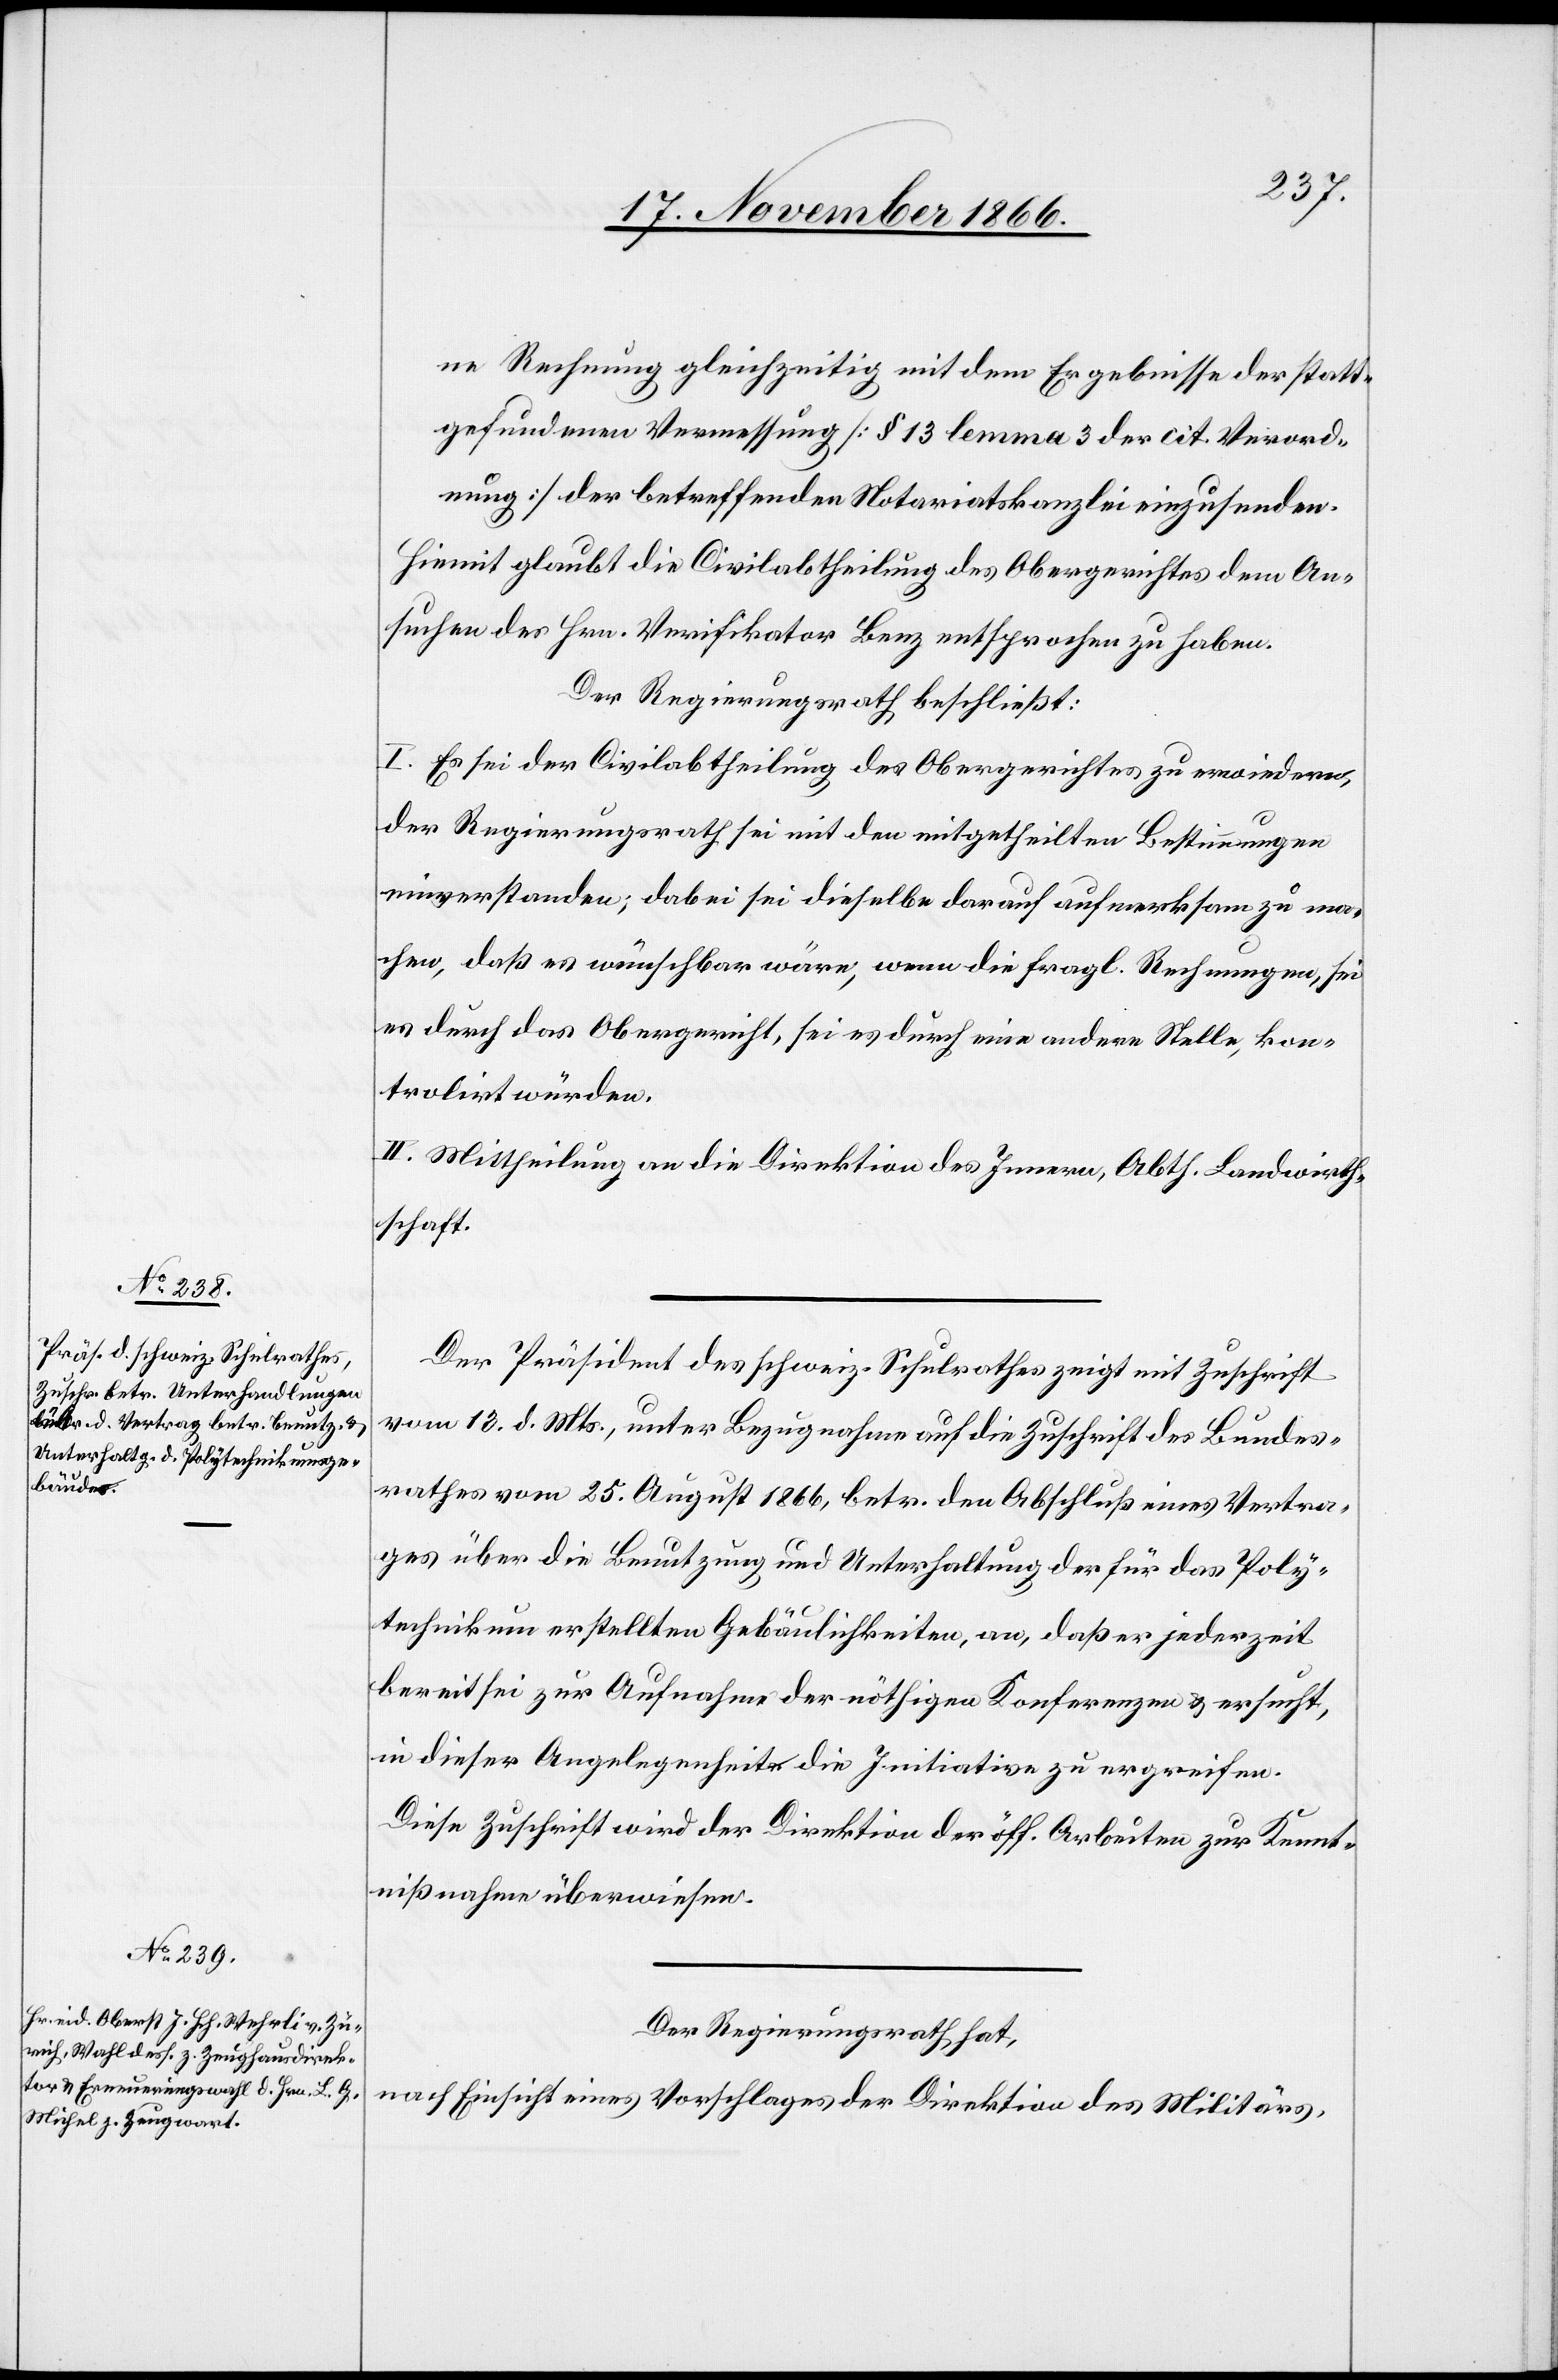
ne Rechnung gleichzeitig mit dem Ergebnisse der statt¬
gefundenen Vermessung [§ 13 lemma 3 der cit. Verord¬
nung] der betreffenden Notariatskanzlei einzusenden.
Hiemit glaubt die Civilabtheilung des Obergerichtes dem An¬
suchen des Hrn. Verifikator Benz entsprochen zu haben.
Der Regierungsrath beschließt:
I. Es sei der Civilabtheilung des Obergerichtes zu erwiedern,
der Regierungsrath sei mit den mitgetheilten Bestimmungen
einverstanden; dabei sei dieselbe darauf aufmerksam zu ma¬
chen, daß es wünschbar wäre, wenn die fragl. Rechnungen, sei
es durch das Obergericht, sei es durch eine andere Stelle, kon¬
trolirt würden.
II. Mittheilung an die Direktion des Innern, Abth. Landwirth¬
schaft.
Der Präsident des schweiz. Schulrathes zeigt mit Zuschrift
vom 13. d. Mts., unter Bezugnahme auf die Zuschrift des Bundes¬
rathes vom 25. August 1866, betr. den Abschluß eines Vertra¬
ges über die Benutzung und Unterhaltung der für das Poly¬
technikum erstellten Gebäulichkeiten, an, daß er jederzeit
bereit sei zur Aufnahme der nöthigen Konferenzen & ersucht,
in dieser Angelegenheit die Initiative zu ergreifen.
Diese Zuschrift wird der Direktion der öff. Arbeiten zur Kennt¬
nißnahme überwiesen.
Der Regierungsrath hat,
nach Einsicht eines Vorschlages der Direktion des Militärs,